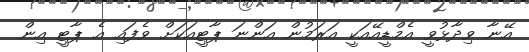
އޭނާ ވިދާޅުވީ އެމްޑީއޭއަކީ އަރަމުން އަންނަ ޕާޓީއަކަށް ވެފައި އެ ޕާޓީ އިން